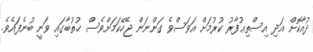
ދުއާކޮށް އަދި އިސްތިޢުފާރު ކުރުމަށް އަވަސްވެ ގަންނަން ޖެހޭކަމަށްވެސް ޚުތުބާގައި ވަނީ ބުނެފައެވެ.